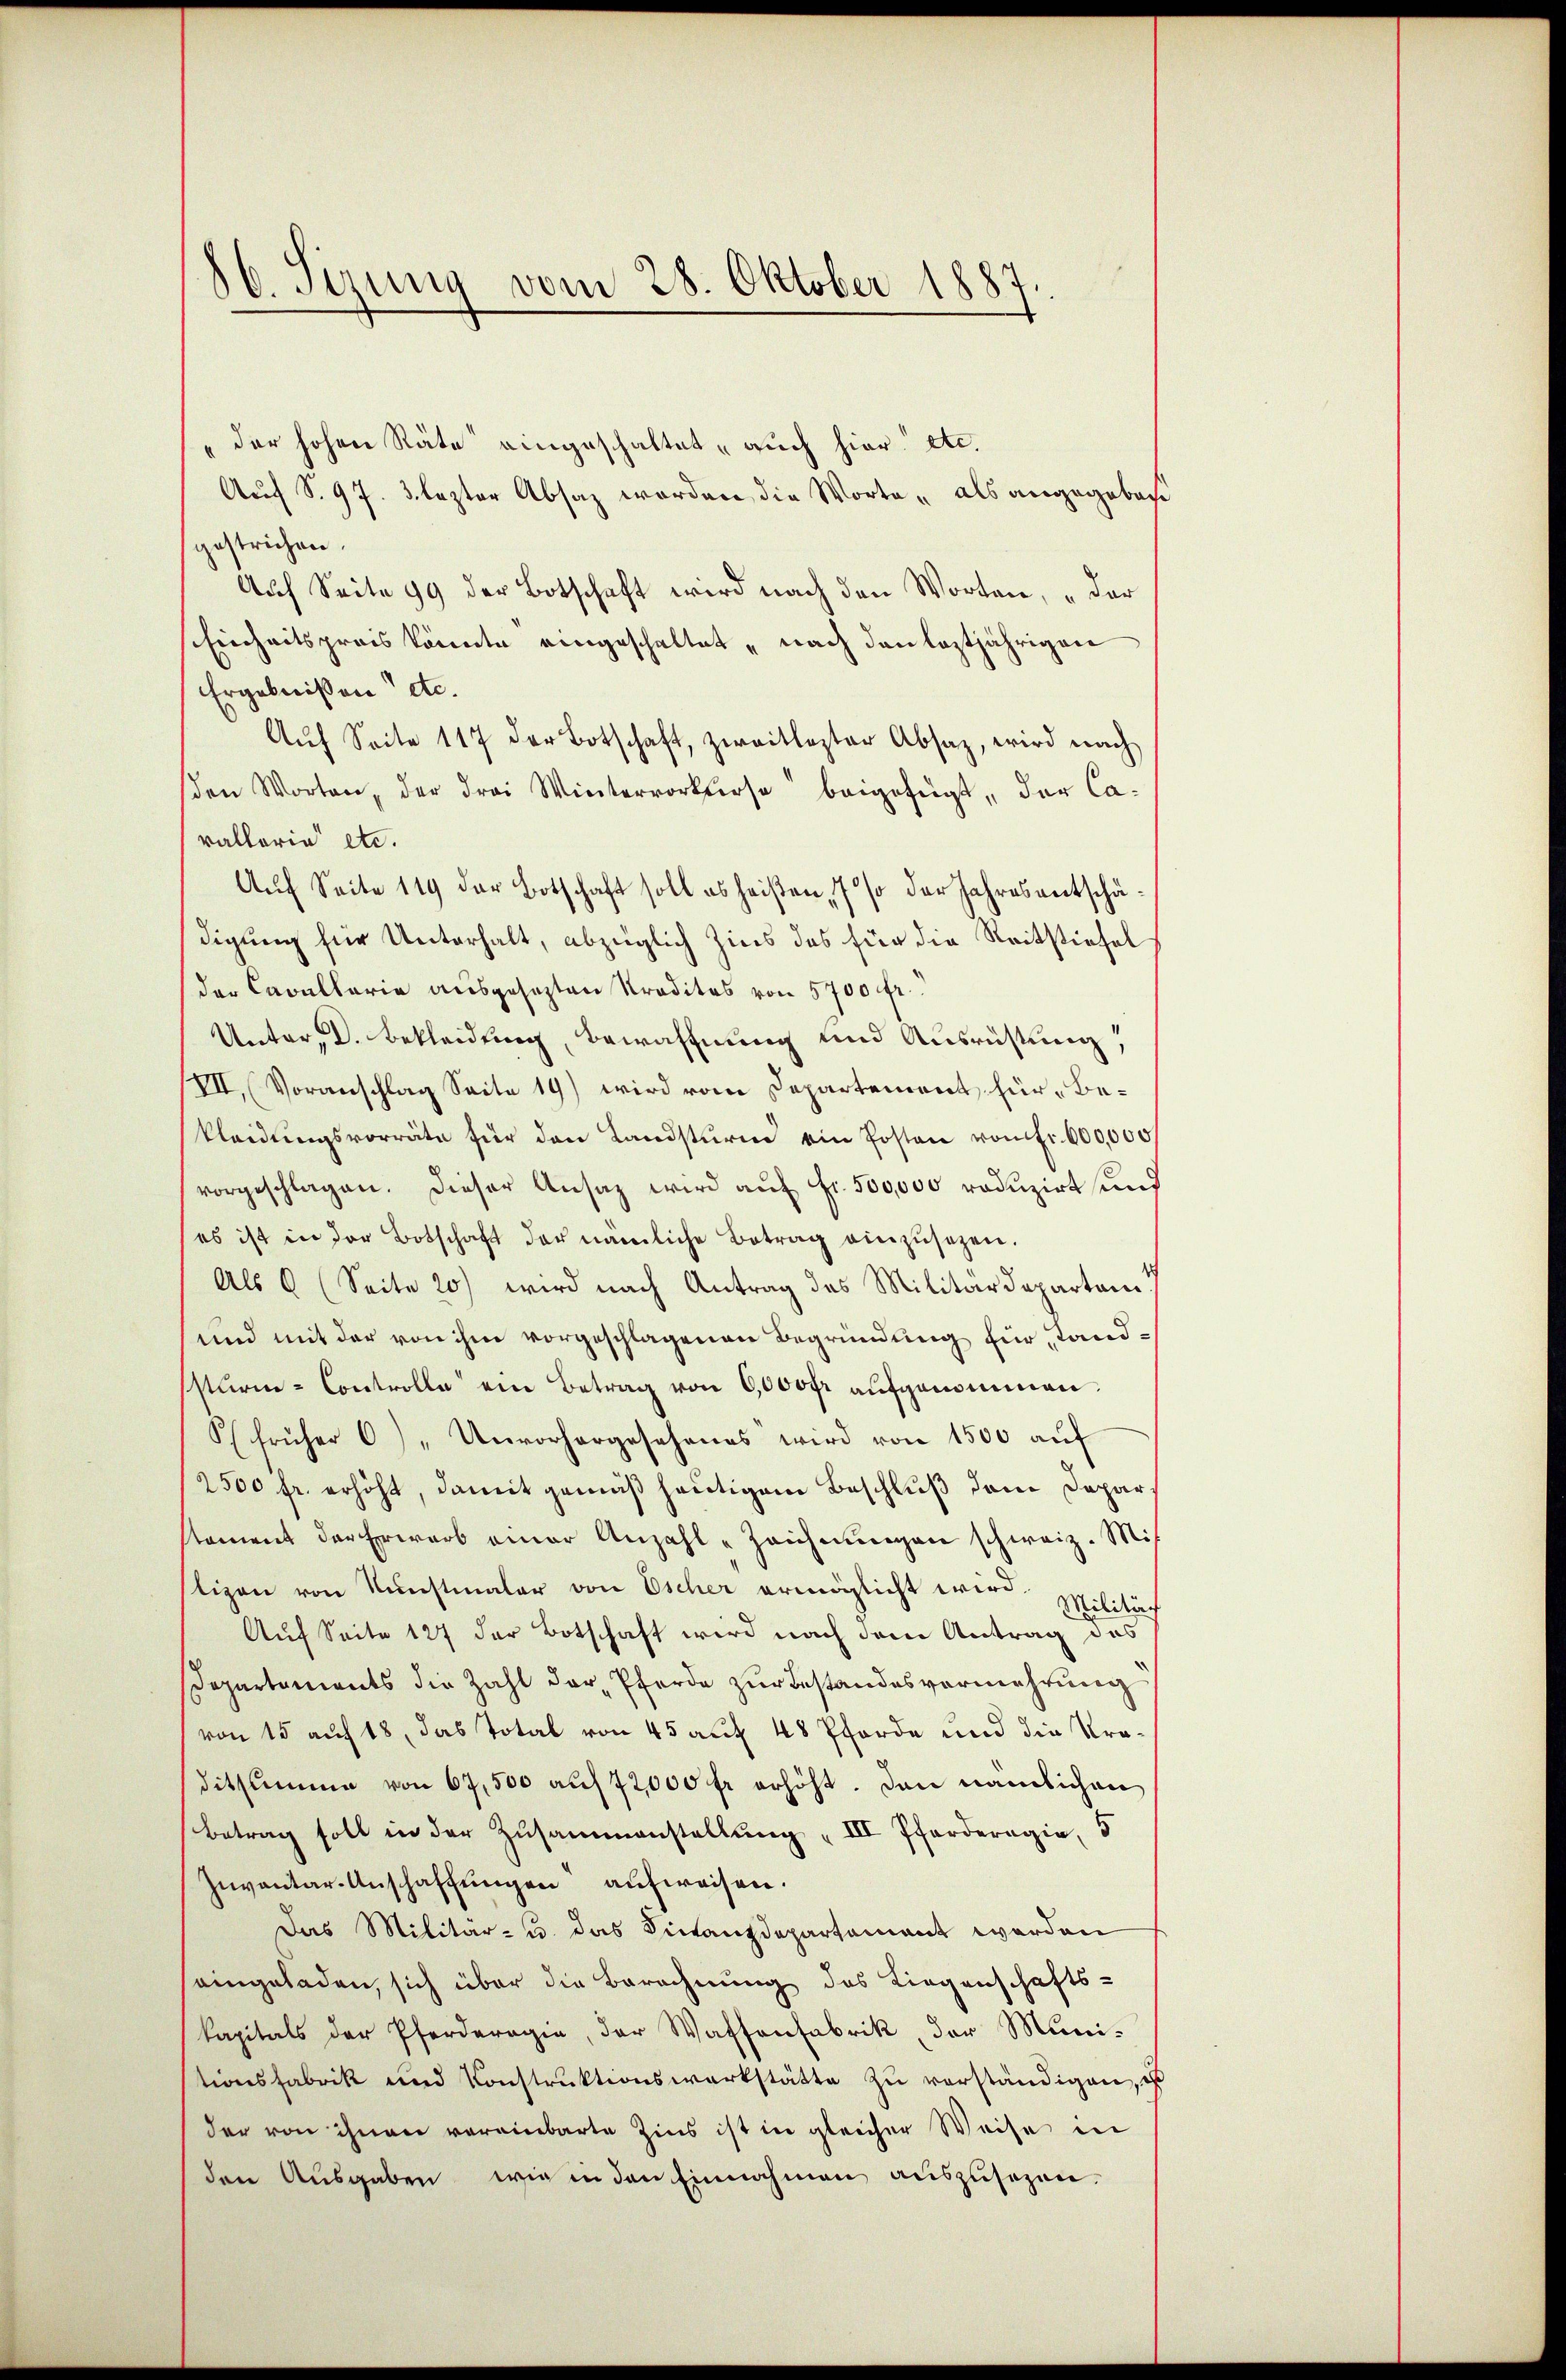
16. Sizung vom 28. Oktober 1887.

"der hohen Räte eingeschaltet, auch hier etc.
Auf S. 97. 3. lezter Absaz worden die Worte " als angegebache
gestrichen.
Auf Seite 99 der Botschaft wird nach den Worten, „der
Einheitspreis könnte eingeschaltet, nach den leztjährigen
Ergebnißen etc.
Aŭf Seite 117 der Botschaft, zweitlester Absaz, wird nach
den Worten, der Frei Winterrorkurse beigefügt, der Ca-
vallaria etc.
Auf Seite 119 der Botschaft soll es heißen, 7 % der Jahresentschädigung für Unterhalt, abzüglich Zins das für die Reitstiefel
der Cavallarie ausgesezten Kraditas von 5700 fr.
Unter, D. Bekleidung, bewaffnung und Ausrichtung!
VII. Voranschlag Seite 19) wird vom Departement für Bekleidŭngsvorräte für den Landsturm ein Posten von Fr. 600,000
vorgeschlagen. Dieser Ansatz wird auf Fr. 500,000 reduzirt und
es ist in der Botschaft der nämliche Betrag einzŭsehen.
Als 6 (Seite 20) wird nach Antrag des Militärdeparten
und mit der von ihm vorgeschlagenen Begründung für standsturm-Controlle ein Betrag von 6,000 fr aufgenommen.
S früher 6) „Unvorhergesehenes wird von 1500 auf
2500 fr. erhöht, damit gemäß heutigem Beschluß dem Deparstament der Erwarb einer Anzahl-Zeichnŭngen schweiz. Miß
lizen von Kŭnstmaler von Escher ermöglicht wird. Militär
Auf Seite 127 der Botschaft wird nach dem Antrag das
Departaments die Zahl der Pferde zur Bestandesvermehrung
von 15 auf 18, das Total von 45 auf 48 Pferde und die Kraditsumme von 67,500 aŭf 72000 fr erhöht. Den nämlichen
Betrag soll in der Zusammenstellung III Pferderogia, 5
Inventar-Anschaffungen aufweisen.
Das Militär- u. das Finanzdepartement werden
seingeladen, sich über die Berechnung des Liegenschafts-
kapitals der Pferderogie, der Wassenfabrik der Muni-
tionsfabrik und Konstrŭktionswerkstätte zŭ verständigen, u
der von ihnen vereinbarte Zins ist in gleicher Weise in
den Ausgaben wie in den Einnahmen auszusezen.